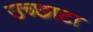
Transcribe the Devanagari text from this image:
उच्छाटा